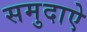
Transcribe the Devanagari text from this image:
समुदाऐ